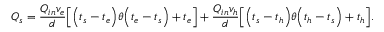
Q _ { s } = \frac { Q _ { i n } v _ { e } } { d } \Big [ \Big ( t _ { s } - t _ { e } \Big ) \theta \Big ( t _ { e } - t _ { s } \Big ) + t _ { e } \Big ] + \frac { Q _ { i n } v _ { h } } { d } \Big [ \Big ( t _ { s } - t _ { h } \Big ) \theta \Big ( t _ { h } - t _ { s } \Big ) + t _ { h } \Big ] .